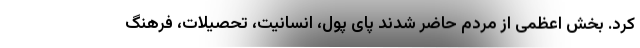
کرد. بخش اعظمی از مردم حاضر شدند پای پول، انسانیت، تحصیلات، فرهنگ